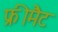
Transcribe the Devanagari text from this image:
फ्रीमैट